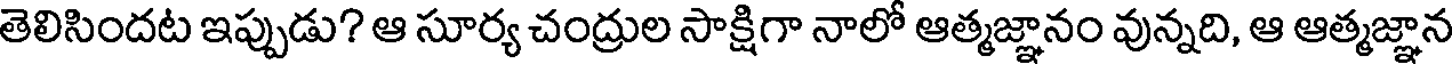
తెలిసిందట ఇప్పుడు? ఆ సూర్య చంద్రుల సాక్షిగా నాలో ఆత్మజ్ఞానం వున్నది, ఆ ఆత్మజ్ఞాన